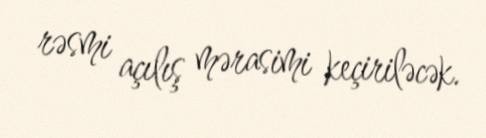
rəsmi açılış mərasimi keçiriləcək.